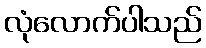
လုံလောက်ပါသည်